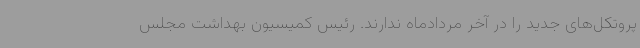
پروتکل‌های جدید را در آخر مردادماه ندارند. رئیس کمیسیون بهداشت مجلس